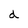
Character: d